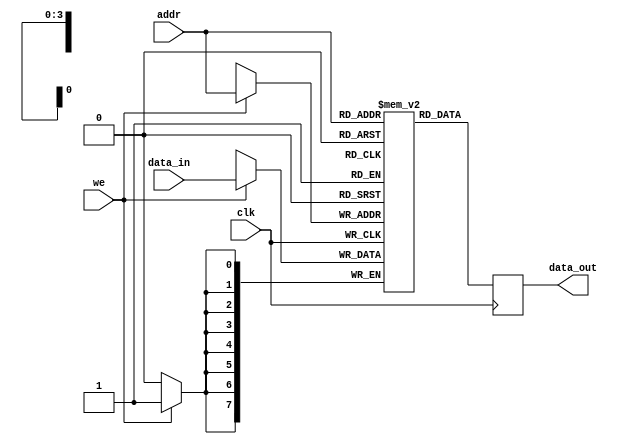
module parameterized_ram #(
    parameter DATA_WIDTH = 8,   // Data width in bits
    parameter ADDR_WIDTH = 4     // Address width in bits
) (
    input wire clk,              // Clock signal
    input wire we,               // Write enable
    input wire [ADDR_WIDTH-1:0] addr, // Address input
    input wire [DATA_WIDTH-1:0] data_in, // Input data
    output reg [DATA_WIDTH-1:0] data_out // Output data
);

    // Memory array declaration
    reg [DATA_WIDTH-1:0] ram [(2**ADDR_WIDTH)-1:0];

    // Asynchronous reset signal (optional)
    // input wire rst; // Uncomment if reset is needed

    // Always block for synchronous read and write operations
    always @(posedge clk) begin
        if (we) begin
            // Write operation
            ram[addr] <= data_in;
        end
        // Read operation
        data_out <= ram[addr];
    end

    // Optional reset logic
    /*
    always @(posedge clk or posedge rst) begin
        if (rst) begin
            integer i;
            for (i = 0; i < (2**ADDR_WIDTH); i = i + 1) begin
                ram[i] <= {DATA_WIDTH{1'b0}}; // Initialize memory to zero
            end
        end
    end
    */

endmodule